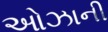
ઓઝાની